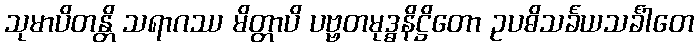
သုမာပိတန္တိ သရာဂဿ မိတ္တာပိ ပဗ္ဗတမုဒ္ဓနိဋ္ဌိတော ဥပဓိသင်္ခယသင်္ခါတေ